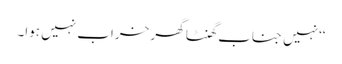
‘‘نہیں جناب گھنٹا گھر خراب نہیں ہوا۔